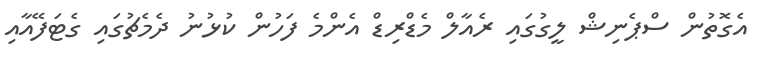
އެގޮތުން ސްޕެނިޝް ލީގުގައި ރެއާލް މެޑްރިޑް އެންމެ ފަހުން ކުޅުނު ދެމެޗުގައި ގެޓަފޭއާއި